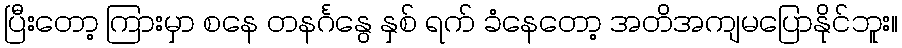
ပြီးတော့ ကြားမှာ စနေ တနင်္ဂနွေ နှစ် ရက် ခံနေတော့ အတိအကျမပြောနိုင်ဘူး။